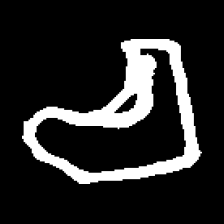
Pyu character \u2014 Myanmar letter: စ (romanized: ca)